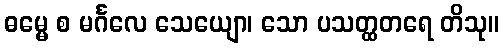
ဓမ္မေ စ မင်္ဂလေ သေယျော၊ သော ပသတ္ထတရေ တိသု။